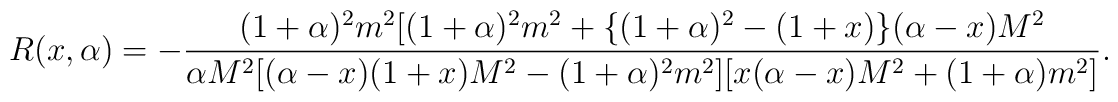
R(x,\alpha) = - \frac{(1+\alpha)^2m^2[(1+\alpha)^2m^2+\{(1+\alpha)^2-(1+x)\}(\alpha-x)M^2}{\alpha M^2[(\alpha-x)(1+x)M^2-(1+\alpha)^2m^2][x(\alpha-x)M^2 + (1+\alpha)m^2]}.